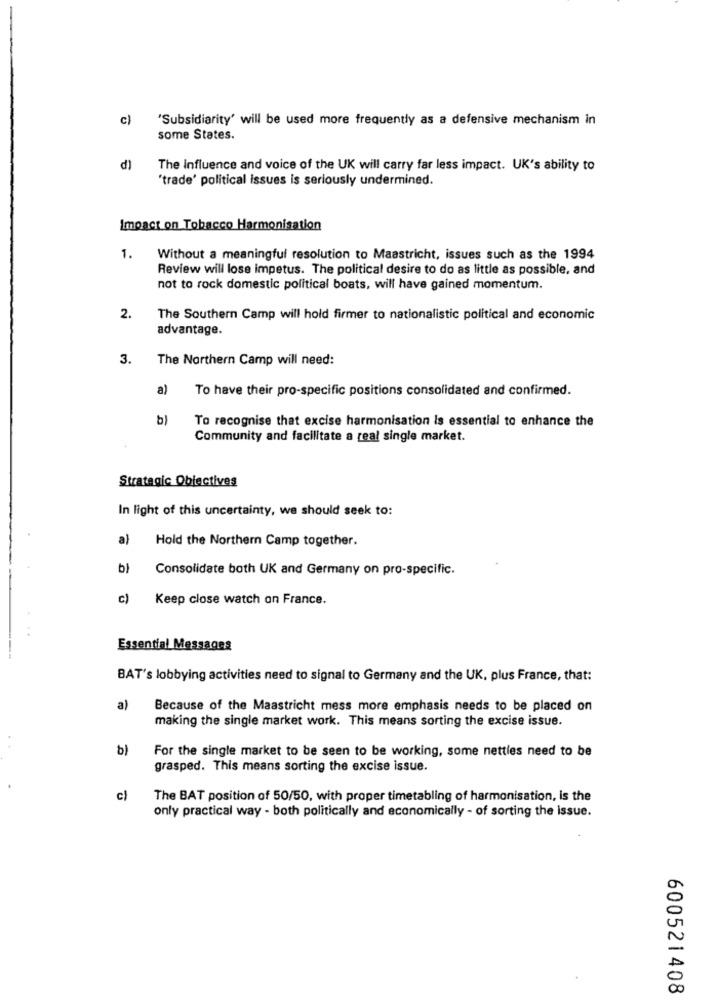
c)
'Subsidiarity' will be used more frequently as a defensive mechanism in
some States.
d)
The Influence and voice of the UK will carry far less impact. UK's ability to
'trade' political issues is seriously undermined.
Impact on Tobacco Harmonisation
1.
Without a meaningful resolution to Maastricht, issues such as the 1994
Review will lose impetus. The political desire to do as little as possible, and
not to rock domestic political boats, will have gained momentum.
2.
The Southern Camp will hold firmer to nationalistic political and economic
advantage.
3.
The Northern Camp will need:
a)
To have their pro-specific positions consolidated and confirmed.
b)
To recognise that excise harmonisation Is essential to enhance the
Community and facilitate a real single market.
Strategic Objectives
In light of this uncertainty, we should seek to:
a)
Hold the Northern Camp together.
b)
Consolidate both UK and Germany on pro-specific.
c)
Keep close watch on France.
Essential Messages
BAT's lobbying activities need to signal to Germany and the UK, plus France, that:
a)
Because of the Maastricht mess more emphasis needs to be placed on
making the single market work. This means sorting the excise issue.
b)
For the single market to be seen to be working, some nettles need to be
grasped. This means sorting the excise issue.
c)
The BAT position of 50/50, with proper timetabling of harmonisation, is the
only practical way - both politically and economically - of sorting the issue.
600521408